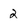
Character: 2